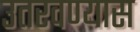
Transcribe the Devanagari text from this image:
उतरवण्यास